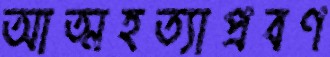
আত্মহত্যাপ্রবণ